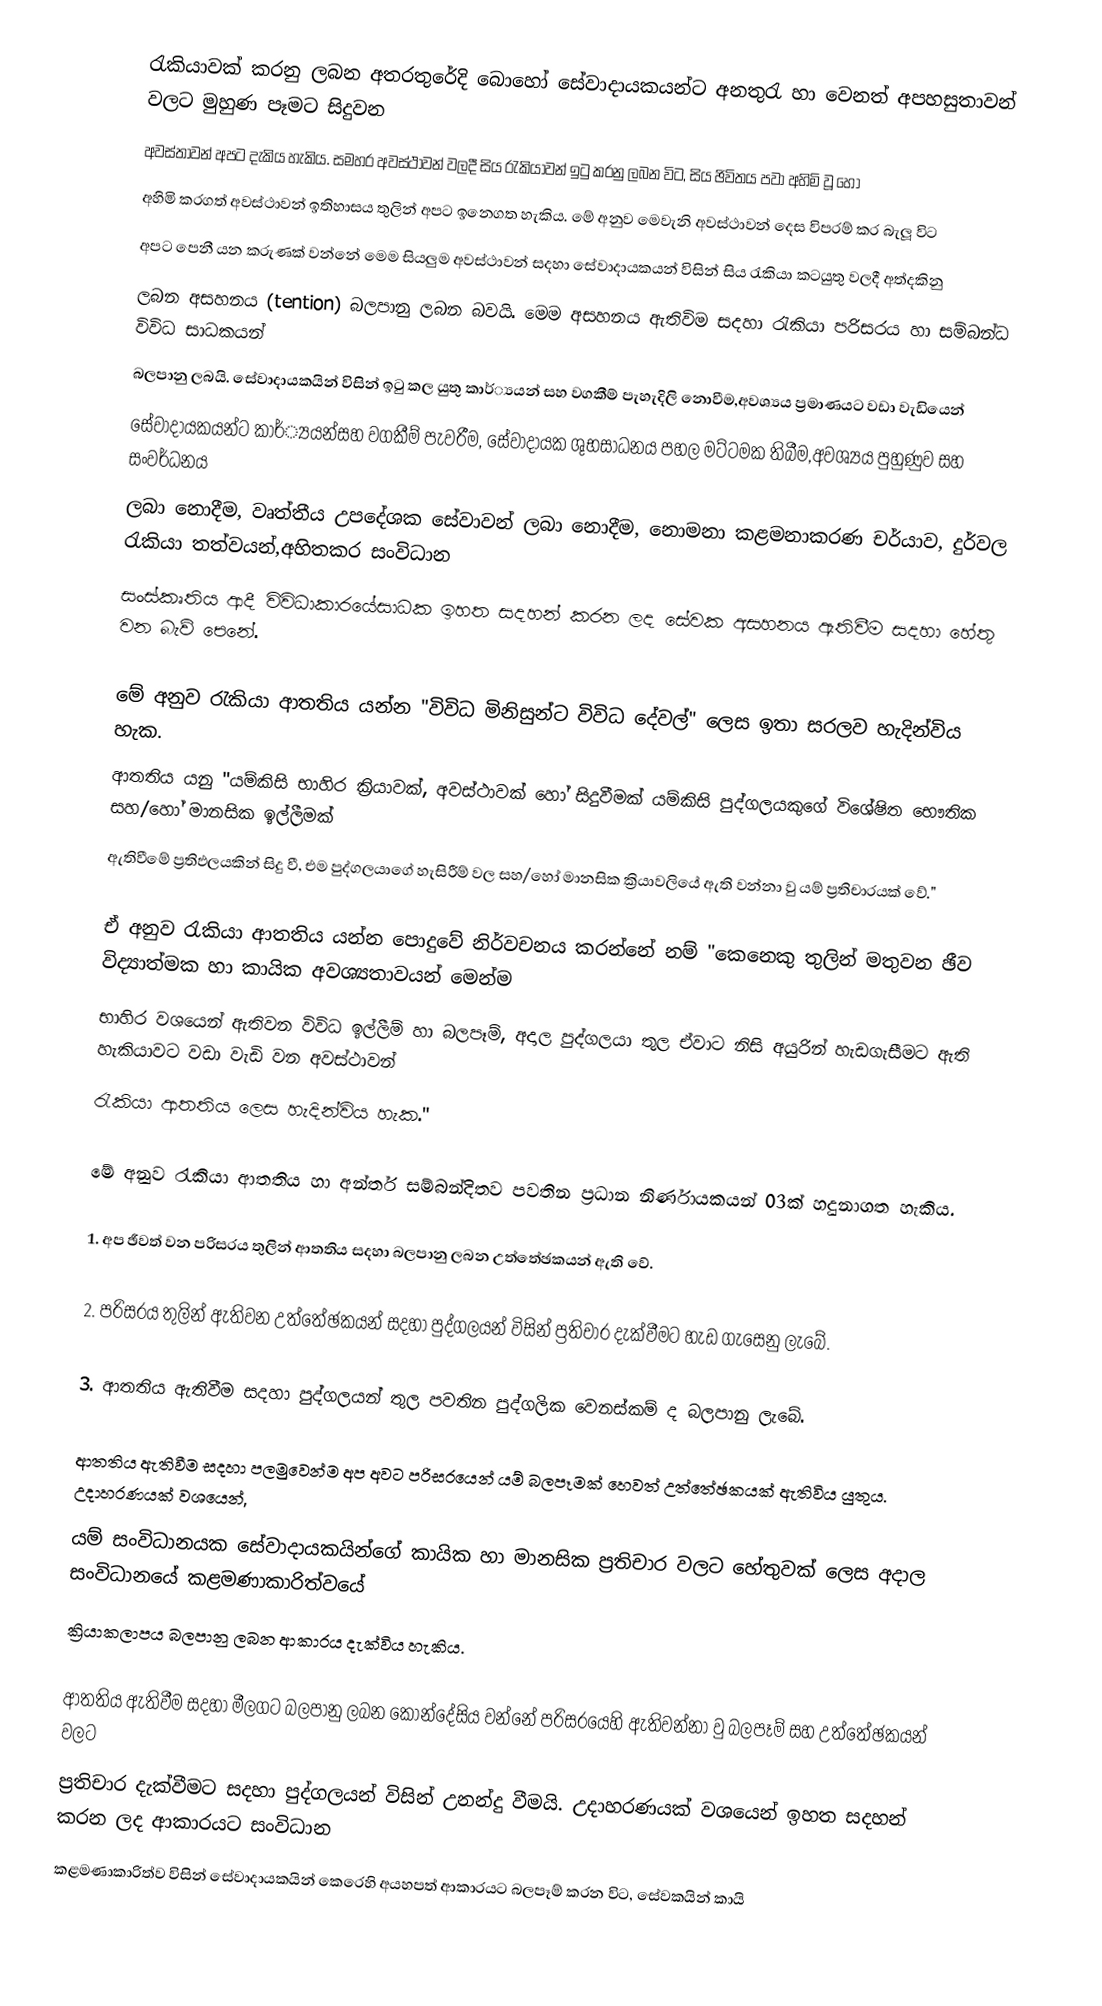
රැකියාවක් කරනු ලබන අතරතුරේදි බොහෝ සේවාදායකයන්ට අනතුරැ හා වෙනත් අපහසුතාවන් වලට මුහුණ පෑමට සිදුවන
අවස්තාවන් අපට දැකිය හැකිය. සමහර අවස්ථාවන් වලදී සිය රැකියාවන් ඉටු කරනු ලබන විට, සිය ඡිවිතය පවා අහිමි වූ හෝ
අහිමි කරගත් අවස්ථාවන් ඉතිහාසය තුලින් අපට ඉනෙගත හැකිය. මේ අනුව ‍මෙවැනි අවස්ථාවන් දෙස විපරම් කර බැලූ විට
අපට පෙනී යන කරුණක් වන්නේ මෙම සියලුම අවස්ථාවන් සදහා සේවාදායකයන් විසින් සිය රැකියා කටයුතු වලදී අත්දකිනු
ලබන අසහනය (tention) බලපානු ලබන බවයි. මෙම අසහනය ඇතිවිම සදහා රැකියා පරිසරය හා සම්බන්ධ විවිධ සාධකයන්
බලපානු ලබයි. සේවාදායකයින් විසින් ඉටු කල යුතු කාර්්‍යයන් සහ වගකීම් පැහැදිලි නොවීම,අවශ්‍යය ප්‍රමාණයට වඩා වැඩියෙන්
සේවාදායකයන්ට කාර්්‍යයන්සහ වගකීම් පැවරීම, සේවාදායක ශුභසාධනය පහල මට්ටමක තිබීම,අවශ්‍යය පුහුණුව සහ සංවර්ධනය
ලබා නොදීම, වෘත්තීය උපදේශක සේවාවන් ලබා නොදීම, නොමනා කළමනාකරණ චර්යාව, දුර්වල රැකියා තත්වයන්,අහිතකර සංවිධාන
සංස්කෘතිය ආදී විවිධාකාරයේසාධක ඉහත සදහන් කරන ලද සේවක අසහනය ඇතිවීම සදහා හේතු වන බැව් පෙනේ.

මේ අනුව රැකියා ආතතිය යන්න "විවිධ මිනිසුන්ට විවිධ දේවල්" ලෙස ඉතා සරලව හැදින්විය හැක.
ආතතිය යනු "යම්කිසි භාහිර ක්‍රියාවක්, අවස්ථාවක් ‍හෝ සිදුවීමක් යම්කිසි පුද්ගලයකුගේ විශේෂිත භෞතික සහ/හෝ මානසික ඉල්ලීමක්
ඇතිවීමේ ප්‍රතිඵලයකින් සිදු වී, එම පුද්ගලයාගේ හැසිරීම් වල සහ/හෝ මානසික ක්‍රියාවලියේ ඇති වන්නා වු යම් ප්‍රතිචාරයක් වේ."

ඒ අනුව රැකියා ආතතිය යන්න පොදුවේ නිර්වචනය කරන්නේ නම් "කෙනෙකු තුලින් මතුවන ඡීව විද්‍යාත්මක හා කායික අවශ්‍යතාවයන් මෙන්ම
භාහිර වශයෙන් ඇතිවන විවිධ ඉල්ලීම් හා බලපෑම්, අදාල පුද්ගලයා තුල ඒවාට නිසි අයුරින් හැඩගැසීමට ඇති හැකියාවට වඩා වැඩි වන අවස්ථාවන්
රැකියා ආතතිය ලෙස හැදින්විය හැක."

මේ අනුව  රැකියා ආතතිය හා අන්තර් සම්බන්දිතව පවතින ප්‍රධාන නිර්ණායකයන් 03ක් හදුනාගත හැකිය.

1.  අප ඡීවත් වන පරිසරය තුලින් ආතතිය සදහා බලපානු ලබන උත්තේඡකයන් ඇති වේ.

2.  පරිසරය තුලින් ඇතිවන උත්තේඡකයන් සදහා පුද්ගලයන් විසින් ප්‍රතිචාර දැක්වීමට හැඩ ගැසෙනු ලැබේ.

3.  ආතතිය ඇතිවීම සදහා පුද්ගලයන් තුල පවතින පුද්ගලික වෙනස්කම් ද බලපානු ලැබේ.

ආතතිය ඇතිවීම සදහා පලමුවෙන්ම අප අවට පරිසරයෙන් යම් බලපෑමක් ‍හෙවත් උත්තේඡකයක් ඇතිවිය යුතුය. උදාහරණයක් වශයෙන්,
යම් සංවිධානයක සේවාදායකයින්ගේ කායික හා මානසික ප්‍රතිචාර වලට හේතුවක් ලෙස අදාල සංවිධානයේ කළමණාකාරිත්වයේ
ක්‍රියාකලාපය බලපානු ලබන ආකාරය දැක්විය හැකිය.

ආතතිය ඇතිවීම සදහා මීලගට බලපානු ලබන කොන්දේසිය වන්නේ පරිසරයෙහි ඇතිවන්නා වු බලපෑම් සහ උත්තේඡකයන් වලට
ප්‍රතිචාර දැක්වීමට සදහා පුද්ගලයන් විසින් උනන්දු වීමයි. උදාහරණයක් වශයෙන් ඉහත සදහන් කරන ලද ආකාරයට සංවිධාන
කළමණාකාරිත්ව විසින් සේවාදායකයින් කෙරෙහි අයහපත් ආකාරයට බලපෑම් කරන විට, සේවකයින් කායි